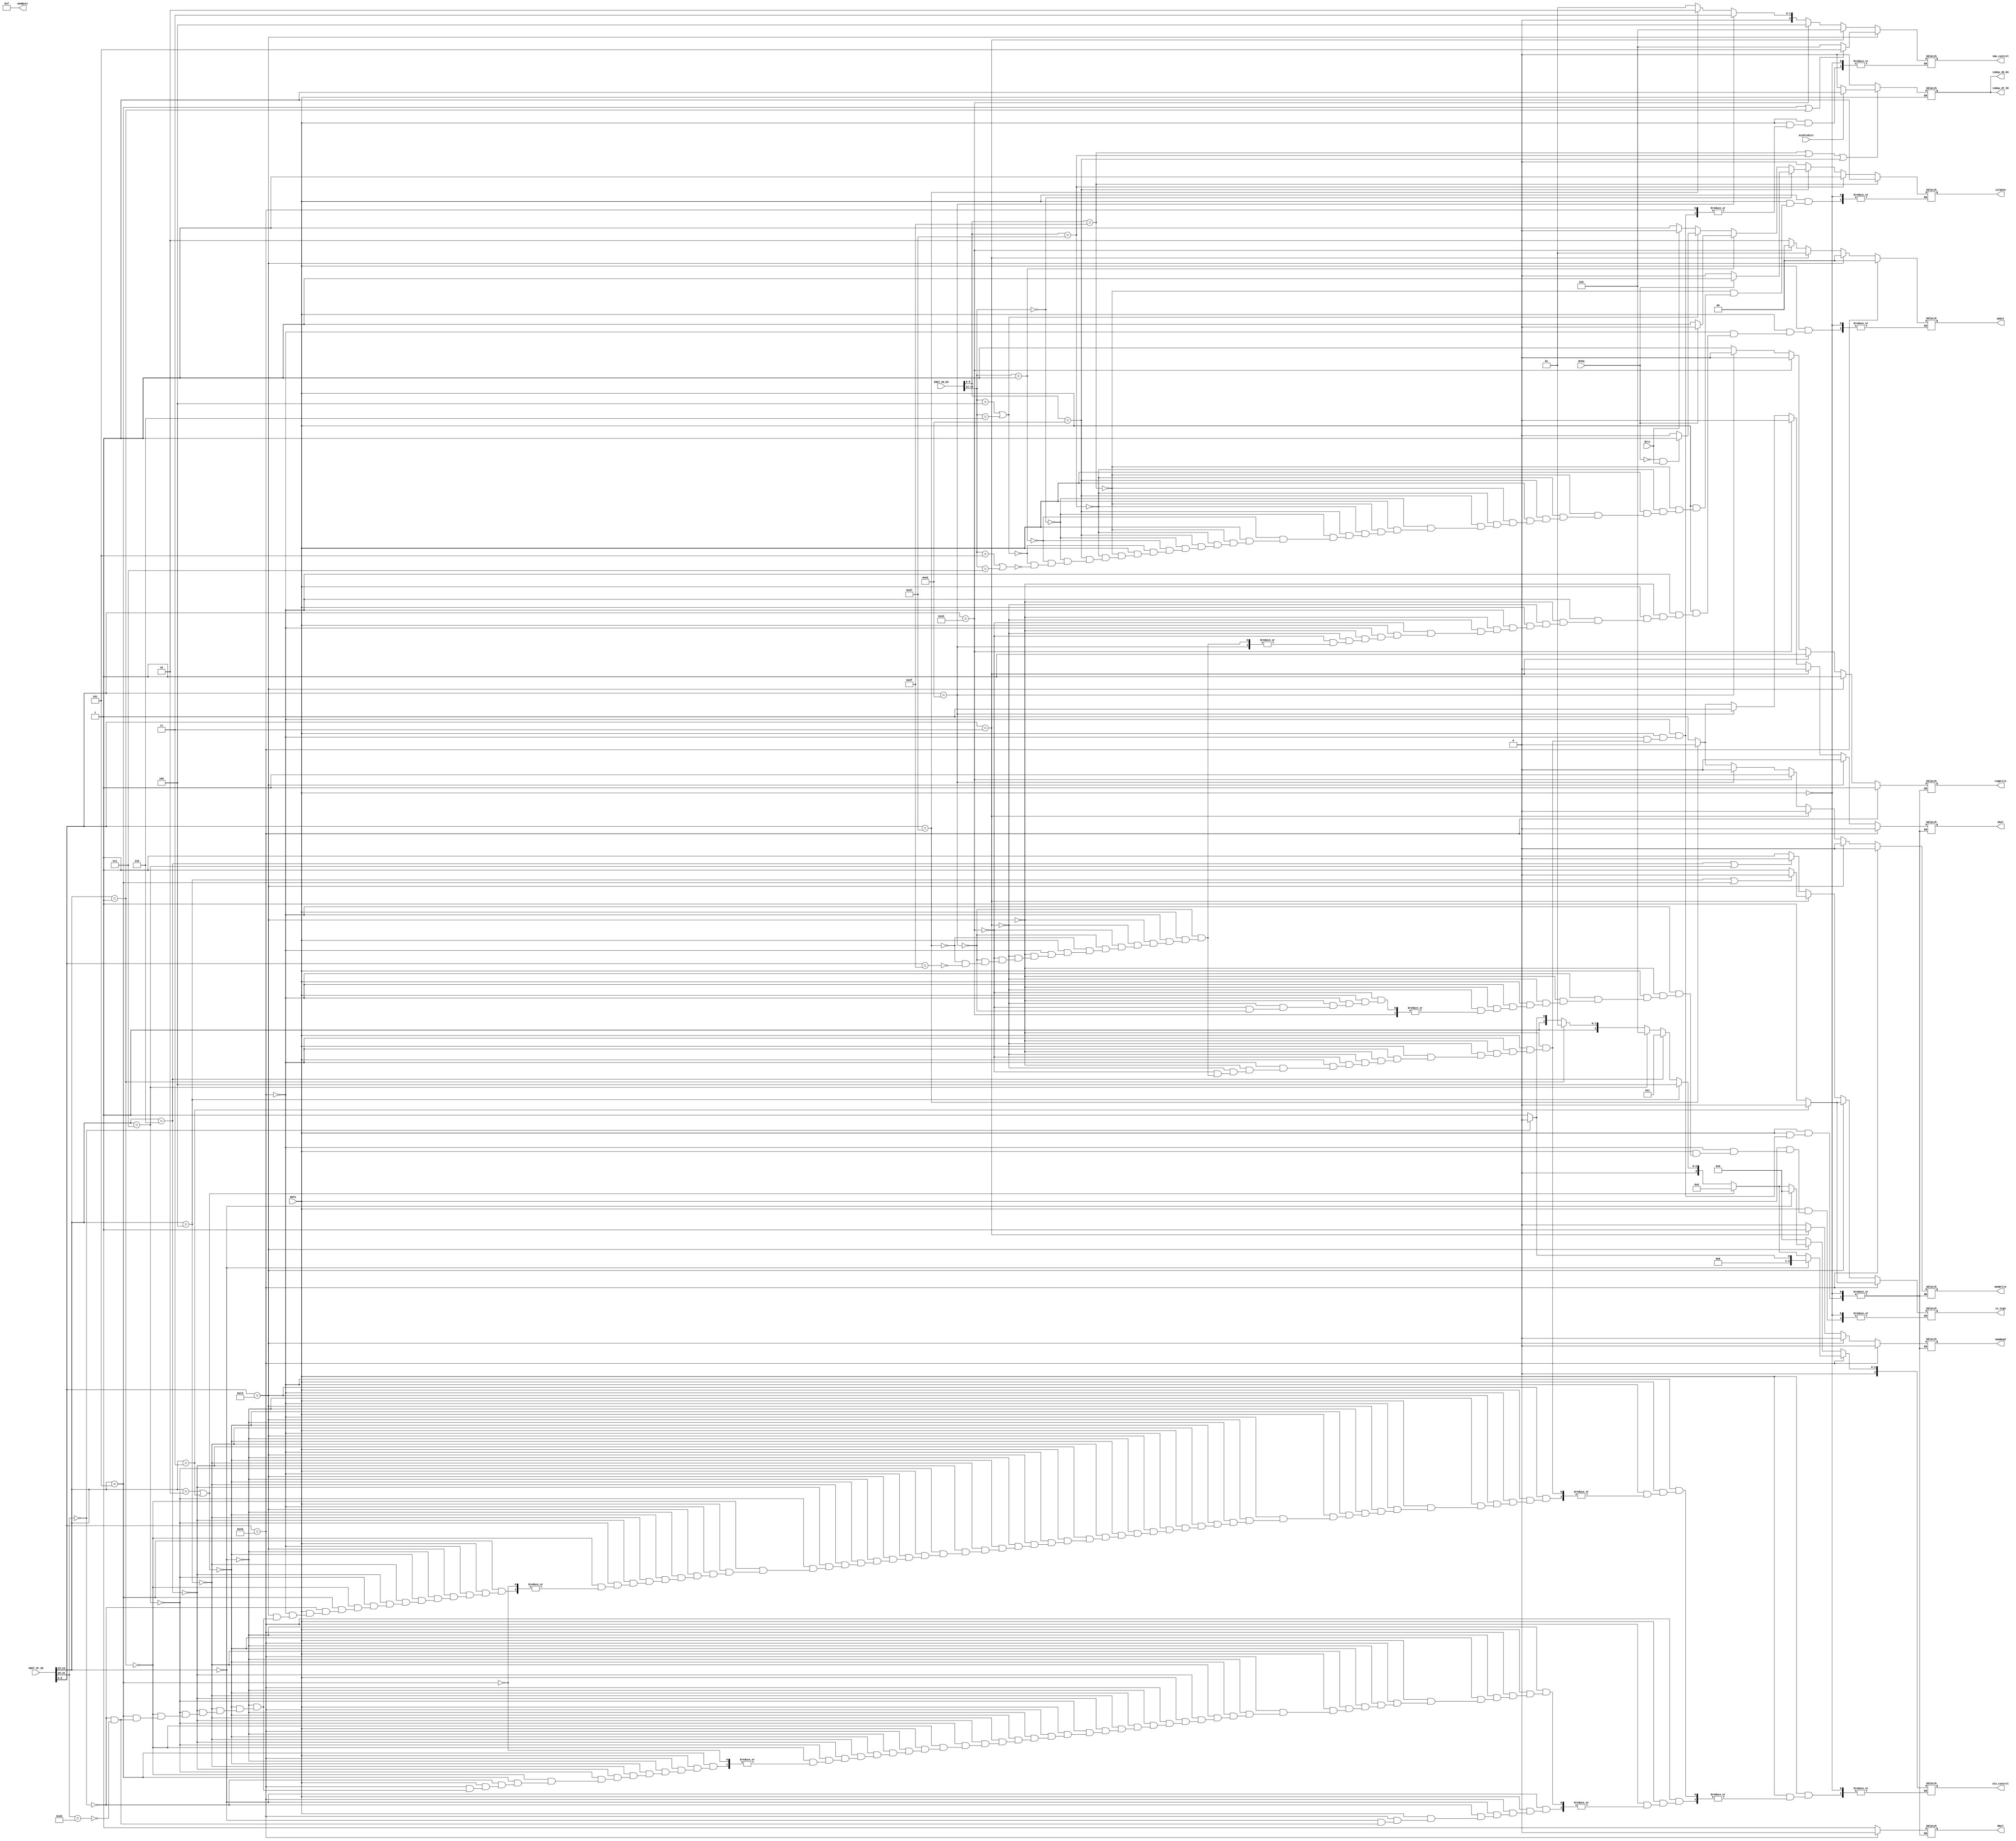
module ControlUnit(
    input wire RSTn,
    input wire[31:0] INST_IF_ID,
    input wire[31:0] INST_ID_EX,    
    input wire BrEq,
    input wire BrLt,
    output wire[2:0] imm_control,	
    output wire regWrite,
    output wire memWrite,
    output wire memRead,
    output wire[3:0] memByte,
    output wire is_sign,
    output wire ASel,
    output wire BSel,
    output wire [4:0] alu_control,
    output wire[1:0] wbSel,
    input wire misPredict,
    output wire isTaken,
    output wire isNop_IF_ID,
    output wire isNop_ID_EX
);

    reg[6:0] opcode_EX;
    reg[2:0] func3_EX;
    reg[6:0] func7_EX;

    reg[6:0] opcode_ID;
    reg[2:0] func3_ID;
    reg[6:0] func7_ID;

    //control
    reg[6:0] op_LUI;
    reg[6:0] op_AUIPC;
    reg[6:0] op_JAL;
    reg[6:0] op_JALR;
    reg[6:0] op_Btype;
    reg[6:0] op_Ltype;
    reg[6:0] op_Stype;
    reg[6:0] op_Itype;
    reg[6:0] op_Rtype;


    //output
    reg[2:0] imm_control_reg;
    reg regWrite_reg;
    reg memWrite_reg;
    reg memRead_reg;
    reg[3:0] memByte_reg;
    reg is_sign_reg;
    reg ASel_reg;
    reg BSel_reg;
    reg[4:0] alu_control_reg;
    reg[1:0] wbSel_reg;
    reg isTaken_reg;
    reg isNop_IF_ID_reg;
    reg isNop_ID_EX_reg;

    assign imm_control = imm_control_reg;
    assign regWrite = regWrite_reg;
    assign memWrite = memWrite_reg;
    assign memRead = memRead_reg;
    assign memByte = memByte_reg;
    assign is_sign = is_sign_reg;
    assign ASel = ASel_reg;
    assign BSel = BSel_reg;
    assign alu_control = alu_control_reg;
    assign wbSel = wbSel_reg;
    assign isTaken = isTaken_reg;
    assign isNop_IF_ID = isNop_IF_ID_reg;
    assign isNop_ID_EX = isNop_ID_EX_reg;

    initial begin
        op_LUI <= 7'b0110111;
        op_AUIPC <= 7'b0010111;
        op_JAL <= 7'b1101111;
        op_JALR <= 7'b1100111;
        op_Btype <= 7'b1100011;
        op_Ltype <= 7'b0000011;
        op_Stype <= 7'b0100011;
        op_Itype <= 7'b0010011;
        op_Rtype <= 7'b0110011;

        regWrite_reg <= 0;
        memWrite_reg <= 0;
        memByte_reg <= 4'b1111;
        isNop_IF_ID_reg <= 0;
        isNop_ID_EX_reg <= 0;
    end

    always @(*) begin
        if(RSTn == 1) begin
            //INST_IF_ID  decode
            opcode_ID = INST_IF_ID[6:0];
            func3_ID = INST_IF_ID[14:12];
            func7_ID = INST_IF_ID[31:25];

            if(opcode_ID == op_Rtype) begin
                // imm 
                regWrite_reg = 1; //  rd 
                memWrite_reg = 0; //    
                memRead_reg = 0;
                //ALU: rd1 + rd2
                ASel_reg = 0;
                BSel_reg = 0;
                //unsigned   
                if(func3_ID == 3'b011) begin
                    is_sign_reg = 0;
                end
                else begin
                    is_sign_reg = 1;
                end
                //alu
                if(func3_ID == 3'b000) begin
                    //add
                    if(func7_ID == 7'b0000000) begin
                        alu_control_reg = 4'b0000;
                    end
                    //sub
                    else if(func7_ID == 7'b0100000) begin
                        alu_control_reg = 4'b0001;
                    end
                end
                //slt and sltu
                else if(func3_ID == 3'b010 || func3_ID == 3'b011) begin 
                    alu_control_reg = 4'b1000;
                end
                //xor
                else if(func3_ID == 3'b100) begin
                    alu_control_reg = 4'b0100;
                end
                //or
                else if(func3_ID == 3'b110) begin
                    alu_control_reg = 4'b0011;
                end
                //and
                else if(func3_ID == 3'b111) begin
                    alu_control_reg = 4'b0010;
                end
                //sll
                else if(func3_ID == 3'b001) begin
                    alu_control_reg = 4'b0101;
                end
                //srl, sra
                else if(func3_ID == 3'b101) begin
                    //srl
                    if(func7_ID == 7'b0000000) begin
                        alu_control_reg = 4'b0110;
                    end
                    //sra
                    else if(func7_ID == 7'b0100000) begin
                        alu_control_reg = 4'b0111;
                    end
                end
                //rd = alu_result
                wbSel_reg = 2'b00;
            end
            else if(opcode_ID == op_Itype) begin
                regWrite_reg = 1; //  rd 
                memWrite_reg = 0; //    
                memRead_reg = 0;
                //ALU: rd1 + imm
                ASel_reg = 0;
                BSel_reg = 1;
                if(func3_ID == 3'b101 || func3_ID == 3'b001) begin
                    imm_control_reg = 3'b101; // shift  imm shamt
                end
                else begin
                    imm_control_reg = 3'b010; //   12 
                end
                
                if(func3_ID == 3'b011) begin
                    is_sign_reg = 0;
                end
                else begin
                    is_sign_reg = 1;
                end

                //alu
                if(func3_ID == 3'b000) begin
                    //add
                    alu_control_reg = 4'b0000;
                end
                //slt and sltu
                else if(func3_ID == 3'b010 || func3_ID == 3'b011) begin 
                    alu_control_reg = 4'b1000;
                end
                //xor
                else if(func3_ID == 3'b100) begin
                    alu_control_reg = 4'b0100;
                end
                //or
                else if(func3_ID == 3'b110) begin
                    alu_control_reg = 4'b0011;
                end
                //and
                else if(func3_ID == 3'b111) begin
                    alu_control_reg = 4'b0010;
                end
                //sll
                else if(func3_ID == 3'b001) begin
                    alu_control_reg = 4'b0101;
                end
                //srl, sra
                else if(func3_ID == 3'b101) begin
                    //srl
                    if(func7_ID == 7'b0000000) begin
                        alu_control_reg = 4'b0110;
                    end
                    //sra
                    else if(func7_ID == 7'b0100000) begin
                        alu_control_reg = 4'b0111;
                    end
                end
                //rd = alu_result
                wbSel_reg = 2'b00;
            end
            else if(opcode_ID == op_Ltype) begin
                imm_control_reg = 3'b010; //  12  
                regWrite_reg = 1; //  rd 
                memWrite_reg = 0; //    
                memRead_reg = 1;
                //ALU: rd1 + imm
                ASel_reg = 0;
                BSel_reg = 1;
                if(func3_ID == 3'b100 || func3_ID == 3'b101) begin
                    is_sign_reg = 0;
                end
                else begin
                    is_sign_reg = 1;
                end
                //alu: 
                alu_control_reg = 4'b0000;
                //rd =   
                wbSel_reg = 2'b01;
            end
            else if(opcode_ID == op_Stype) begin
                imm_control_reg = 3'b100; // S-type,  12 
                regWrite_reg = 0; //  rd  .
                memWrite_reg = 1; //   .
                memRead_reg = 0;
                //ALU: rd1 + imm
                ASel_reg = 0;
                BSel_reg = 1;
                //alu: 
                alu_control_reg = 4'b0000;
                wbSel_reg = 2'b00;
                //wb .
            end
            else if(opcode_ID == op_Btype) begin
                imm_control_reg = 3'b011; // B-type  13 
                regWrite_reg = 0; //  rd  .
                memWrite_reg = 0; //    
                memRead_reg = 0;
                //ALU: pc + imm;
                ASel_reg = 1;
                BSel_reg = 1;
                if(func3_ID == 3'b110 || func3_ID == 3'b111) begin
                    is_sign_reg = 0;
                end
                else begin
                    is_sign_reg = 1;
                end
                //alu: 
                alu_control_reg = 4'b0000;
                //wb .
            end
            else if(opcode_ID == op_JALR) begin
                imm_control_reg = 3'b010; //  12 
                regWrite_reg = 1; // pc+4 rd 
                memWrite_reg = 0; //    
                memRead_reg = 0;
                //ALU: rd1 + imm
                ASel_reg = 0;
                BSel_reg = 1;
                //alu: 
                alu_control_reg = 4'b0000;
                //rd = pc + 4;
                wbSel_reg = 2'b10;
            end
            else if(opcode_ID == op_JAL) begin
                imm_control_reg = 3'b001; //  21 
                regWrite_reg = 1; // pc+4 rd 
                memWrite_reg = 1; //    
                memRead_reg = 0;
                //ALU: pc + imm
                ASel_reg = 1;
                BSel_reg = 1;
                //alu:
                alu_control_reg = 4'b0000;
                //rd = pc + 4;
                wbSel_reg = 2'b10;
            end

            
            opcode_EX = INST_ID_EX[6:0];
            func3_EX = INST_ID_EX[14:12];
            func7_EX = INST_ID_EX[31:25];

            //isTaken 
            if(opcode_EX == op_JAL) begin
                isTaken_reg = 1;
            end
            else if(opcode_EX == op_JALR) begin
                isTaken_reg = 1;
            end
            else if(opcode_EX == op_Btype) begin
                //beq
                if(func3_EX == 3'b000) begin
                    if(BrEq == 1) begin
                        isTaken_reg = 1;
                    end
                    else begin
                        isTaken_reg = 0;
                    end
                end
                //bne
                else if(func3_EX == 3'b001) begin
                    if(BrEq == 0) begin
                        isTaken_reg = 1;
                    end
                    else begin
                        isTaken_reg = 0;
                    end
                end
                //blt
                else if(func3_EX == 3'b100 || func3_EX == 3'b110) begin
                    if(BrEq == 0 && BrLt == 1) begin
                        isTaken_reg = 1;
                    end
                    else begin
                        isTaken_reg = 0;
                    end
                end
                //bge
                else if(func3_EX == 3'b101 || func3_EX == 3'b111) begin
                    if(BrLt == 0 )begin
                        isTaken_reg = 1;
                    end
                    else begin
                        isTaken_reg = 0;
                    end
                end
            end
            else begin
                isTaken_reg = 0;
            end

            //isNop 
            if(opcode_EX == op_JAL | opcode_EX == op_JALR | opcode_EX == op_Btype) begin
                if(misPredict) begin
                    isNop_IF_ID_reg = 1;
                    isNop_ID_EX_reg = 1;
                end
                else begin
                   isNop_IF_ID_reg = 0;
                   isNop_ID_EX_reg = 0;
                end    
            end
            else begin
                isNop_IF_ID_reg = 0;
                isNop_ID_EX_reg = 0;
            end
        end
    end

endmodule